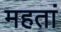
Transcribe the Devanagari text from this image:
महतां